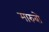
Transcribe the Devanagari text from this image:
मारुबो